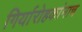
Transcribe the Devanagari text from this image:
गिर्यारोहकांनाच